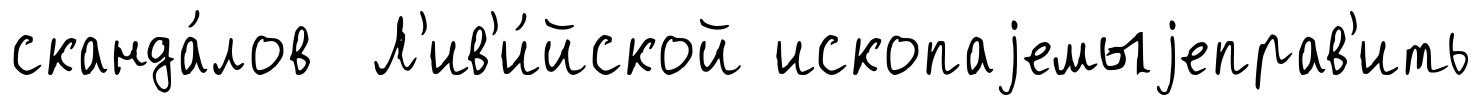
сканда́лов Л'ив'и́йской ископаjемыjеправ'ить